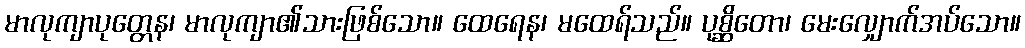
မာလုကျာပုတ္တေန၊ မာလုကျာ၏သားဖြစ်သော။ ထေရေန၊ မထေရ်သည်။ ပုစ္ဆိတော၊ မေးလျှောက်အပ်သော။